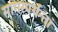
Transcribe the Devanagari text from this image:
सागरपर्यन्तां